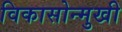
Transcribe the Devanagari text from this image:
विकासोन्मुखी